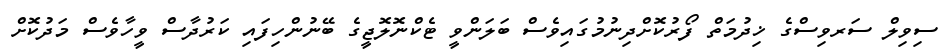
ސިވިލް ސަރވިސްގެ ޚިދުމަތް ފޯރުކޮށްދިނުމުގައިވެސް ބަލަންވީ ޓެކްނޮލޮޖީގެ ބޭނުންހިފައި ކަރުދާސް ވީހާވެސް މަދުކޮށް